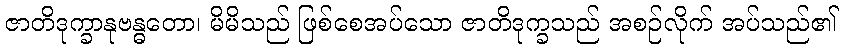
ဇာတိဒုက္ခာနုဗန္ဓတော၊ မိမိသည် ဖြစ်စေအပ်သော ဇာတိဒုက္ခသည် အစဉ်လိုက် အပ်သည်၏